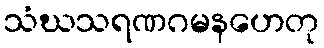
သံဃသရဏဂမနဟေတု